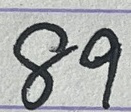
89